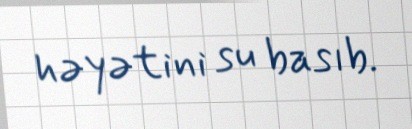
həyətini su basıb.